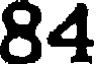
84